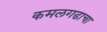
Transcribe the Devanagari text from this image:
कमलगडाचा